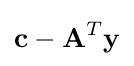
\mathbf {c} -\mathbf {A} ^{T}\mathbf {y}